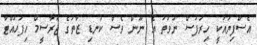
އެސްފިޔައަކީ ހިރަފުސް ނުވަތަ އެ ނޫން ވެސް ކުނޑި ޒާތުގެ ޖަރާސީމް ހިފަހައްޓާ